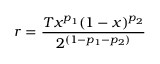
r = \frac { { T } x ^ { p _ { 1 } } ( 1 - x ) ^ { p _ { 2 } } } { 2 ^ { ( 1 - p _ { 1 } - p _ { 2 } ) } }